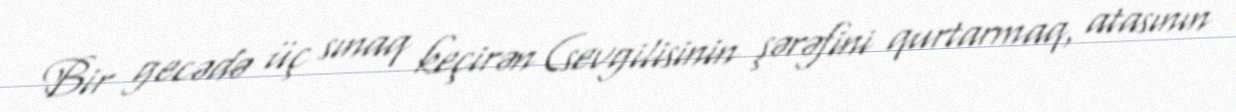
Bir gecədə üç sınaq keçirən (sevgilisinin şərəfini qurtarmaq, atasının